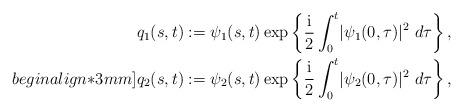
LaTeX: \begin{align*}q_{1}(s,t)&:=\psi_{1}(s,t)\exp \left\{ \frac{{\rm i}}{2} \int^{t}_{0}\lvert\psi_{1}(0,\tau )\rvert^{2} \ d\tau \right\}, \\begin{align*}3mm] q_{2}(s,t)&:= \psi_{2}(s,t)\exp \left\{ \frac{{\rm i}}{2} \int^{t}_{0}\lvert \psi_{2}(0,\tau )\rvert ^{2} \ d\tau \right\},\end{align*}